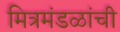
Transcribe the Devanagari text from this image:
मित्रमंडळांची